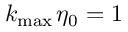
k _ { \operatorname* { m a x } { } } \eta _ { 0 } = 1